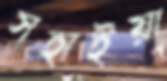
সহাইয়া